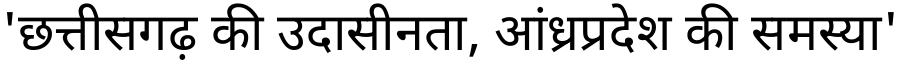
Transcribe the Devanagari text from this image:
'छत्तीसगढ़ की उदासीनता, आंध्रप्रदेश की समस्या'